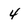
Character: 4